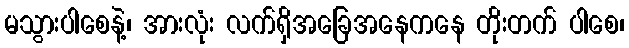
မသွားပါစေနဲ့၊ အားလုံး လက်ရှိအခြေအနေကနေ တိုးတက် ပါစေ၊